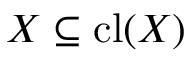
X \subseteq \operatorname { c l } ( X )